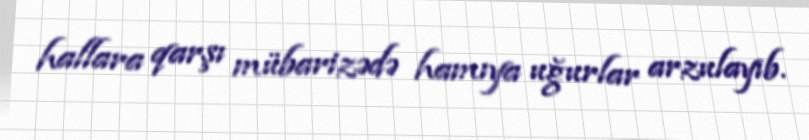
hallara qarşı mübarizədə hamıya uğurlar arzulayıb.